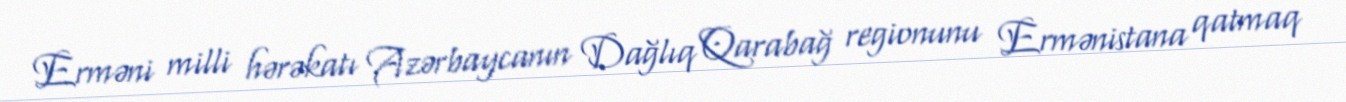
Erməni milli hərəkatı Azərbaycanın Dağlıq Qarabağ regionunu Ermənistana qatmaq